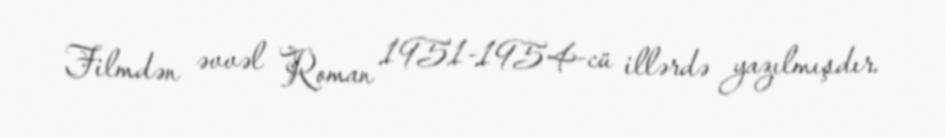
Filmdən əvvəl Roman 1951-1954-cü illərdə yazılmışdır.